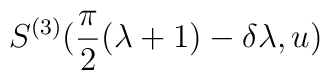
S^{(3)}(\frac{\pi }{2}(\lambda +1)-\delta \lambda ,u)